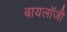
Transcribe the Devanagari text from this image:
बायलॉजी